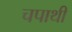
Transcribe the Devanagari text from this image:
चपाथी